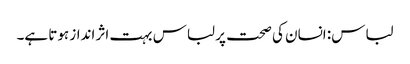
لباس: انسان کی صحت پر لباس بہت اثر انداز ہوتا ہے۔